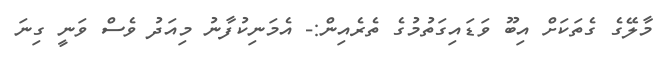
މާލޭގެ ގެތަކަށް އިބޫ ވަޑައިގަތުމުގެ ތެރެއިން:- އެމަނިކުފާނު މިއަދު ވެސް ވަނީ ގިނަ